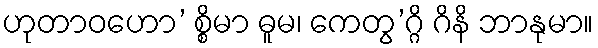
ဟုတာဝဟော’ စ္စိမာ ဓူမ၊ ကေတွ’ဂ္ဂိ ဂိနိ ဘာနုမာ။